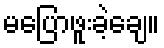
မပြောဖူးခဲ့ချေ။